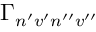
\Gamma _ { n ^ { \prime } v ^ { \prime } n ^ { \prime \prime } v ^ { \prime \prime } }